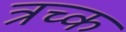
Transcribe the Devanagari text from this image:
त्रच्क